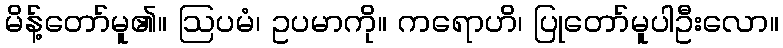
မိန့်တော်မူ၏။ ဩပမံ၊ ဥပမာကို။ ကရောဟိ၊ ပြုတော်မူပါဦးလော။